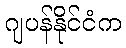
ဂျပန်နိုင်ငံက